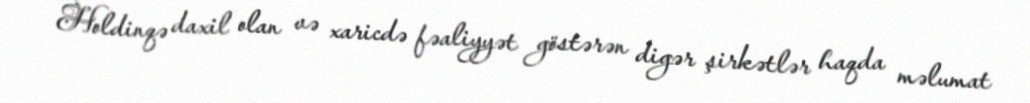
Holdinqə daxil olan və xaricdə fəaliyyət göstərən digər şirkətlər haqda məlumat